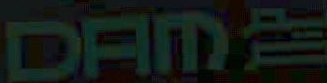
DAME